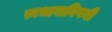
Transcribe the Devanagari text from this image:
स्वभावाविषयी